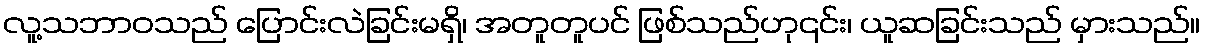
လူ့သဘာဝသည် ပြောင်းလဲခြင်းမရှိ၊ အတူတူပင် ဖြစ်သည်ဟု၎င်း၊ ယူဆခြင်းသည် မှားသည်။